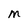
Character: M